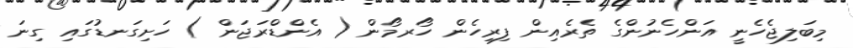
މިބަލިޖެހެނީ އަންހެނުންގެ ތެރެއިން ފިރިހެން ހޯރމޯން ( އެންޑްރަޖަން ) ހަށިގަނޑުގައި ގިނަ